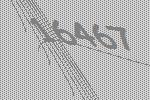
16467